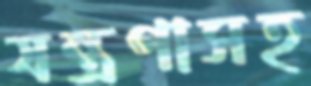
যন্ত্রণাসহ